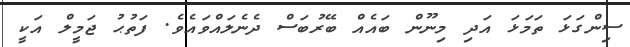
ސިންގަޅަ ތަމަޅަ އަދި މިނޫން ބައެއް ބޭރުބަސް ދެނެލައްވައެވެ. ފަތުޙު ޖަމީލް އަކީ